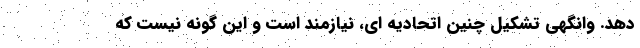
دهد. وانگهی تشکیل چنین اتحادیه ای، نیازمند است و این گونه نیست که